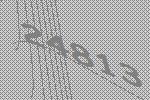
24813